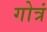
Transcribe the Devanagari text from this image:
गोत्रं